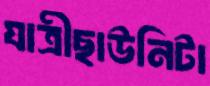
যাত্রীছাউনিটা